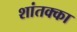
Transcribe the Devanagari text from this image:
शांतक्का